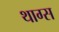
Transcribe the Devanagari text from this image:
थाग्स